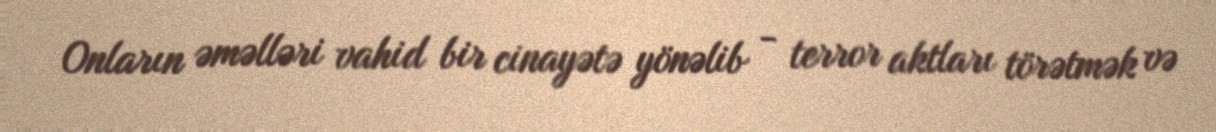
Onların əməlləri vahid bir cinayətə yönəlib - terror aktları törətmək və